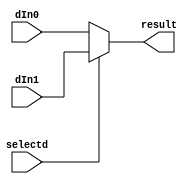
module mux32 (result, dIn0, dIn1, selectd);
	output [31:0] result;
	input [31:0] dIn0, dIn1;
	input selectd;

	assign result = selectd ? dIn1 : dIn0;
endmodule